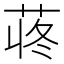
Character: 𫈍